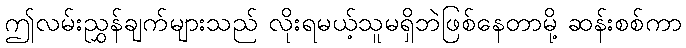
ဤလမ်းညွှန်ချက်များသည် လိုးရမယ့်သူမရှိဘဲဖြစ်နေတာမို့ ဆန်းစစ်ကာ